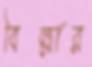
বিল্লার